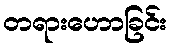
တရားဟောခြင်း